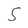
Character: 5